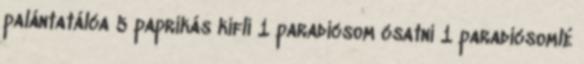
palántatálca 5 paprikás kifli 1 paradicsom csatni 1 paradicsomlé